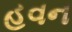
હવન